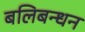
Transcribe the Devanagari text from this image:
बलिबन्धन